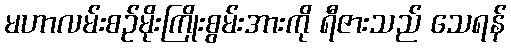
မဟာလမ်းစဉ်မိုးကြိုးစွမ်းအားကို ရီဇားသည် သေရန်